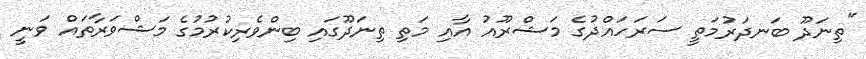
"ތިނަދޫ ބަނދަރުމަތީ ސަރަހައްދުގެ މަޝްރޫއު އާއި މަތި ތިނަދޫގައި ބިންވެރިކުރުމުގެ މަޝްވަރާތައް ވަނީ